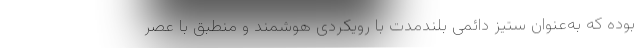
بوده که به‌عنوان ستیز دائمی بلندمدت با رویکردی هوشمند و منطبق با عصر